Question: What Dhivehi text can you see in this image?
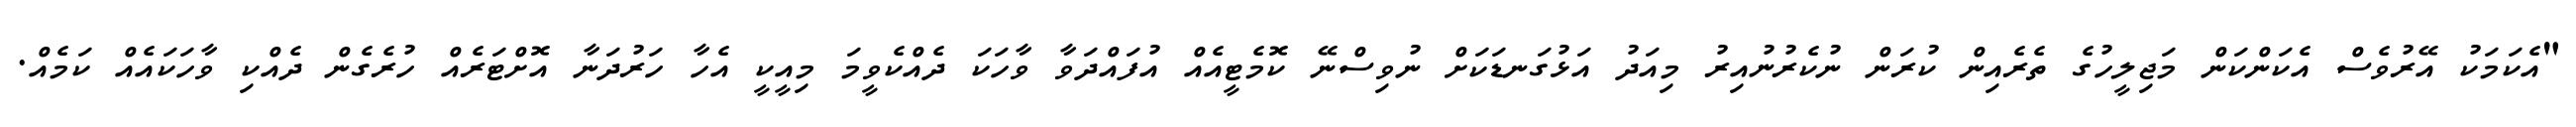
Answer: "އެކަމަކު އޭރުވެސް އެކަންކަން މަޖިލީހުގެ ތެރެއިން ކުރަން ނުކެރުނުއިރު މިއަދު އަޅުގަނޑަކަށް ނުވިސްނޭ ކޮމެޓީއެއް އުފައްދަވާ ވާހަކަ ދެއްކެވީމަ މިއީކީ އެހާ ހަރުދަނާ އޮށްޓަރެއް ހުރެގެން ދެއްކި ވާހަކައެއް ކަމެއް.